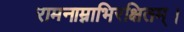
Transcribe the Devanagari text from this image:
रामनाम्नाभिरक्षितम्‌।